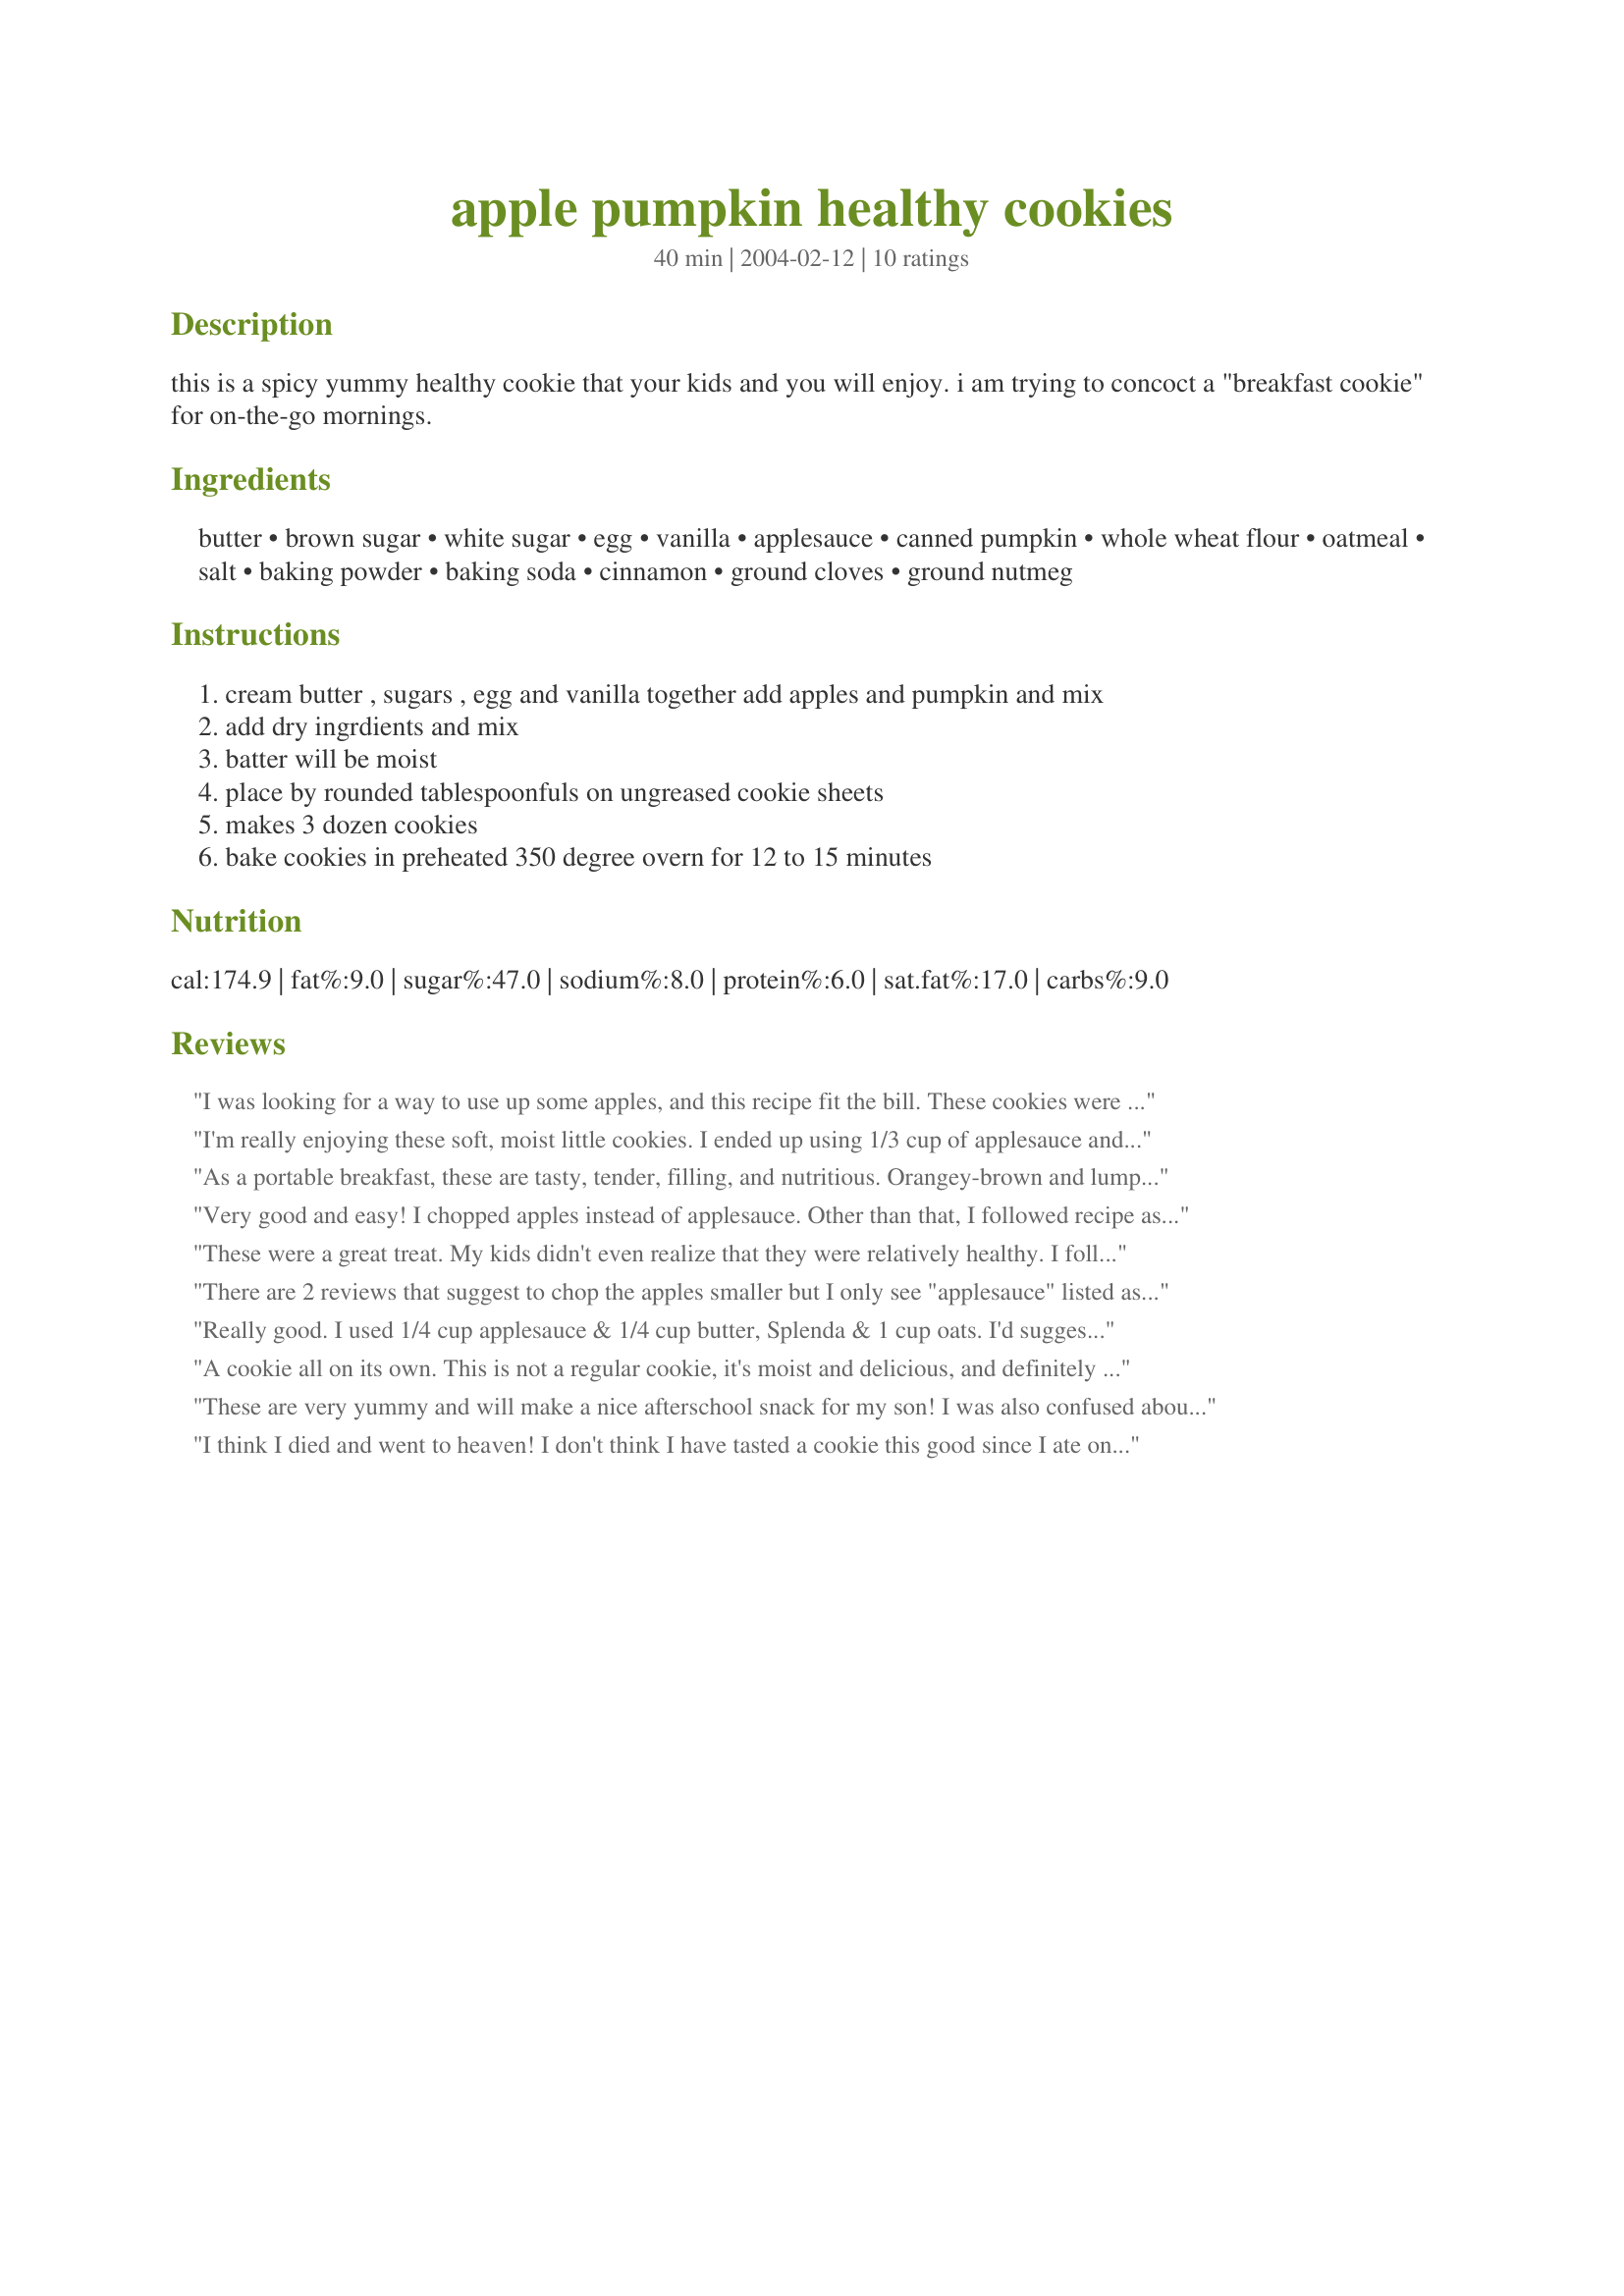
apple pumpkin healthy cookies
Preparation time: 40 minutes

this is a spicy yummy healthy cookie that your kids and you will enjoy. i am trying to concoct a "breakfast cookie" for on-the-go mornings.

Ingredients:
butter, brown sugar, white sugar, egg, vanilla, applesauce, canned pumpkin, whole wheat flour, oatmeal, salt, baking powder, baking soda, cinnamon, ground cloves, ground nutmeg

Steps:
cream butter , sugars , egg and vanilla together add apples and pumpkin and mix, add dry ingrdients and mix, batter will be moist, place by rounded tablespoonfuls on ungreased cookie sheets, makes 3 dozen cookies, bake cookies in preheated 350 degree overn for 12 to 15 minutes

Reviews:
I was looking for a way to use up some apples, and this recipe fit the bill. These cookies were easy to make, and come out of the oven soft and chewy. I will be making these again!
I'm really enjoying these soft, moist little cookies. I ended up using 1/3 cup of applesauce and then sliced up an apple into tiny pieces to add at the end. I think the consistency of the batter was just right and would have been too runny with the extra applesauce, plus the little bites of apple make them taste like "Fall" as my DH said. I decided to also use 1 cup whole wheat flour, 1 cup white flour, and 1 cup oats because I didn't want them to be too much like oatmeal cookies. Overall, I'm very happy with them and will make them again when I want a taste of Fall!
As a portable breakfast, these are tasty, tender, filling, and nutritious. Orangey-brown and lumpy, they are not dainty little morsels, and I might not serve them at a tea party, but for a meal-to-go they are fantastic.
Very good and easy! I chopped apples instead of applesauce. Other than that, I followed recipe as is. Thank you!
These were a great treat. My kids didn't even realize that they were relatively healthy. I followed the recipe exactly and they were delicious. Next time I would chop my apples a bit smaller, but otherwise I wouldn't change a thing. They are the perfect snack for nut-free schools.
There are 2 reviews that suggest to chop the apples smaller but I only see "applesauce" listed as an ingredient. Are chopped apples a missing ingredient ?
Really good. I used 1/4 cup applesauce & 1/4 cup butter, Splenda & 1 cup oats. I'd suggest chopping up those apples really small so they're distributed through the recipe nicely. The cookies don't really spread like normal ones so don't be surprised! Very good & healthy. Thanks so much!
A cookie all on its own. This is not a regular cookie, it's moist and delicious, and definitely hits the spot!! I fallowed the recipe except for using white flour instead of whole wheat, and baked off half of them. Adding some pumpkin seeds and raisins to the remainder of the dough was the best decision I made so far today. If you rehydrate the raisins for 5-10 min before adding them they will be so yummy!
These are very yummy and will make a nice afterschool snack for my son! I was also confused about all the references to chopped apples. I used applesauce per the recipe and the results were great. And they made the house smell fabulous!! :)
I think I died and went to heaven! I don't think I have tasted a cookie this good since I ate one of my chocolate chip ones. The only changes I made were to use mashed carrot (I had this on hand and use carrot, pumpkin, and sweet potato interchangeably), and I used Land O Lakes butter/canola. I also used muffin cups and cooked them as muffins for 20 minutes. They came out perfectly. This is definitely a keeper for quick breakfasts and lunch boxes. Thanks for such a healthy alternative.
